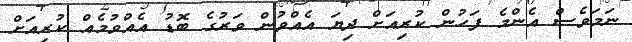
ނަމަވެސް އެންމެ ފަހުން ކުރިއަށް ދިޔަ އެއްވުން ވަރުގެ ބޮޑު އެއްވުމެއް ކުރިއަށް